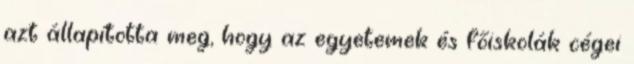
azt állapította meg, hogy az egyetemek és főiskolák cégei